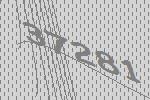
37281